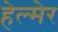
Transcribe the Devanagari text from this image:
हेल्मेर